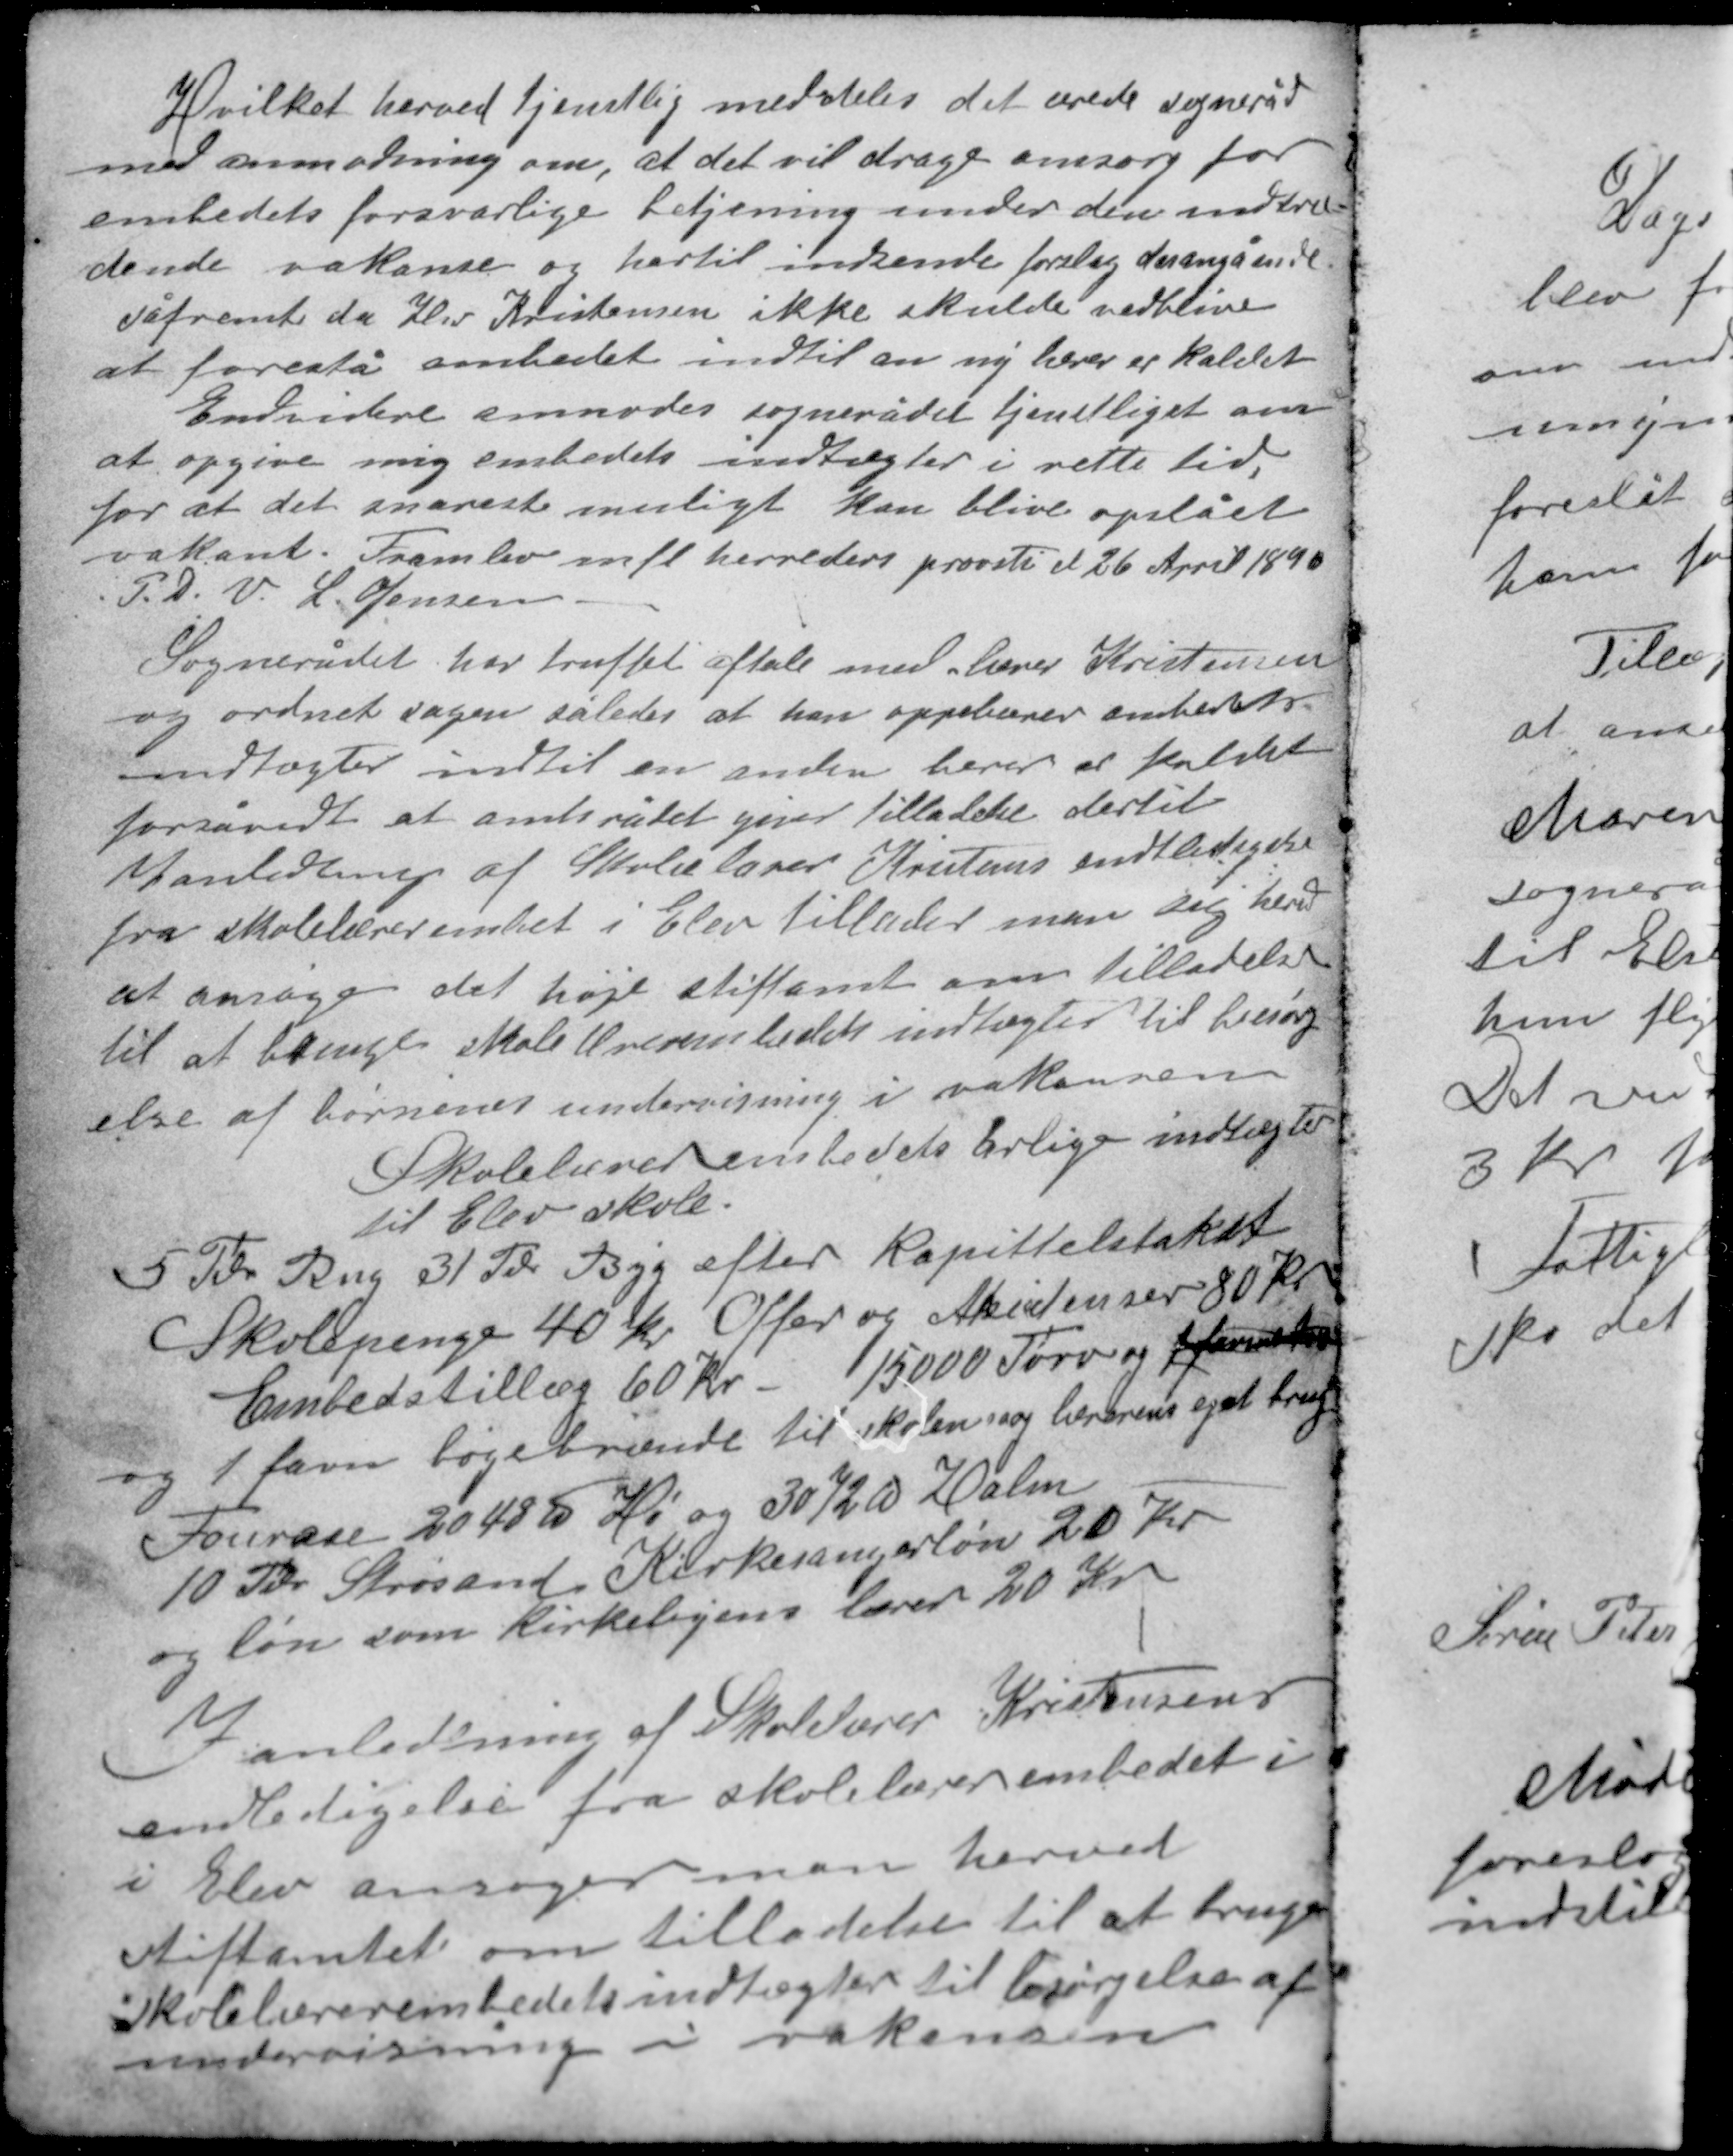
Transskription:
Hvilket herved tjenstlig meddeles det ærede sogneråd
med anmodning om, at det vil drage omsorg for
embedets forsvarlige betjening under den indtræ-
dende vakanse og hertil indsende forslag desangående
såfremt da Hr Kristensen ikke skulde vedblive
at forestå embedet indtil en ny lærer er kaldet.
Endvidere anmodes sognerådet tjenstligt om
at opgive mig embedets indtægter i rette tid,
for at det snarest muligt kan blive opslået
vakant. Framlev mfl. herreders provsti d 26 April 1890
P. D. V. L. Jensen

Sognerådet har truffet aftale med lærer Kristensen
og ordnet sagen således at han oppebærer embedets
indtægter indtil en anden lærer er kaldet
forsåvidt at amtsrådet giver tilladelse dertil.
I anledning af Skolelærer Kristens endtledigelse
fra skolelærerembedet i Elev tillader man sig her
at ansøge det høje stiftamt om tilladelse
til at bruge skolelærerembedets indtægter til besørg-
else af børnenes undervisning i vakansen

Skolelærerembedets årlige indtægter
til Elev skole.
5 Td Rug 31 Td Byg efter kapittelstaket
Skolepenge 40 kr Offer og Akidenser 80 kr
Embedstillæg 60 kr 15000 Tørv og 1 favnxxx
og 1 favn bøgebrænde til skolen og lærerens eget brug
Fourase 2048 ℔ Hø og 3072 ℔ Halm
10 Td Strøsand Kirkesangerløn 20 kr
og løn som kirkebyens lærer 20 kr.

I anledning af Skolelærer Kristensens
endledigelse fra skolelærerembedet i
i Elev ansøger man herved
stiftamtet om tilladelse til at bruge
skolelærerembedets indtægter til besørgelse af
undervisning i vakansen